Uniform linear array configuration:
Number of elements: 48
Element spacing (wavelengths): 0.5
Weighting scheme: hann
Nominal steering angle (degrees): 15
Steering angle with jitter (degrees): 14.241
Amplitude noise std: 0.05
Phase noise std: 0.05

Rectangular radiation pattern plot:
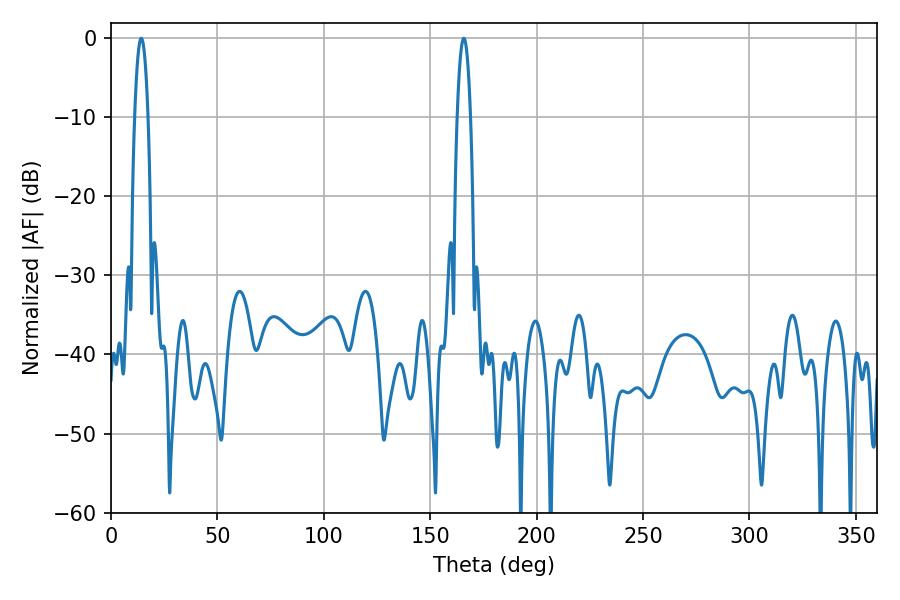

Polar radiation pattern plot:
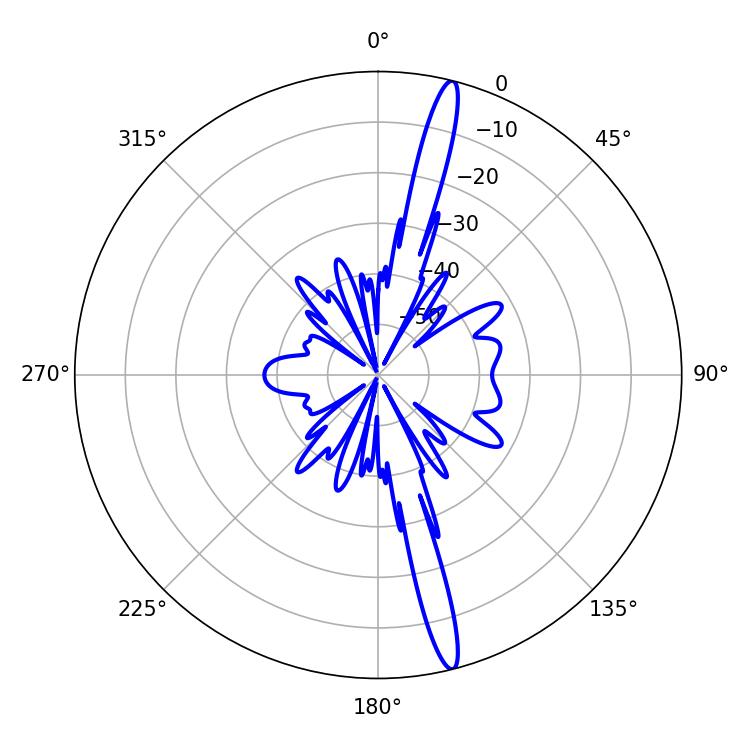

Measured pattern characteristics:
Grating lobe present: FALSE
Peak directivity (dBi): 17.881
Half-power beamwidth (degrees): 3.6
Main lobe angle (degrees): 14.22